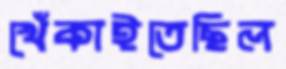
খেঁকাইতেছিল